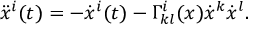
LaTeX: \ddot { x } ^ { i } ( t ) = - \dot { x } ^ { i } ( t ) - \Gamma _ { k l } ^ { i } ( x ) \dot { x } ^ { k } \dot { x } ^ { l } .